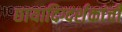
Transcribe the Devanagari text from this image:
छायादिग्दर्शकांची